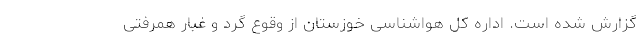
گزارش شده است. اداره کل هواشناسی خوزستان از وقوع گرد و غبار همرفتی